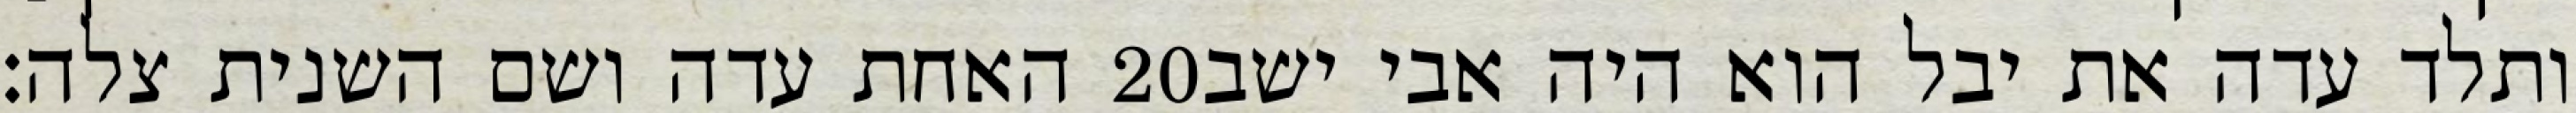
האחת עדה ושם השנית צלה׃ ‎20‏ ותלד עדה את יבל הוא היה אבי ישב